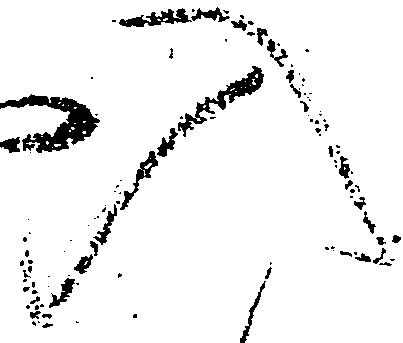
入